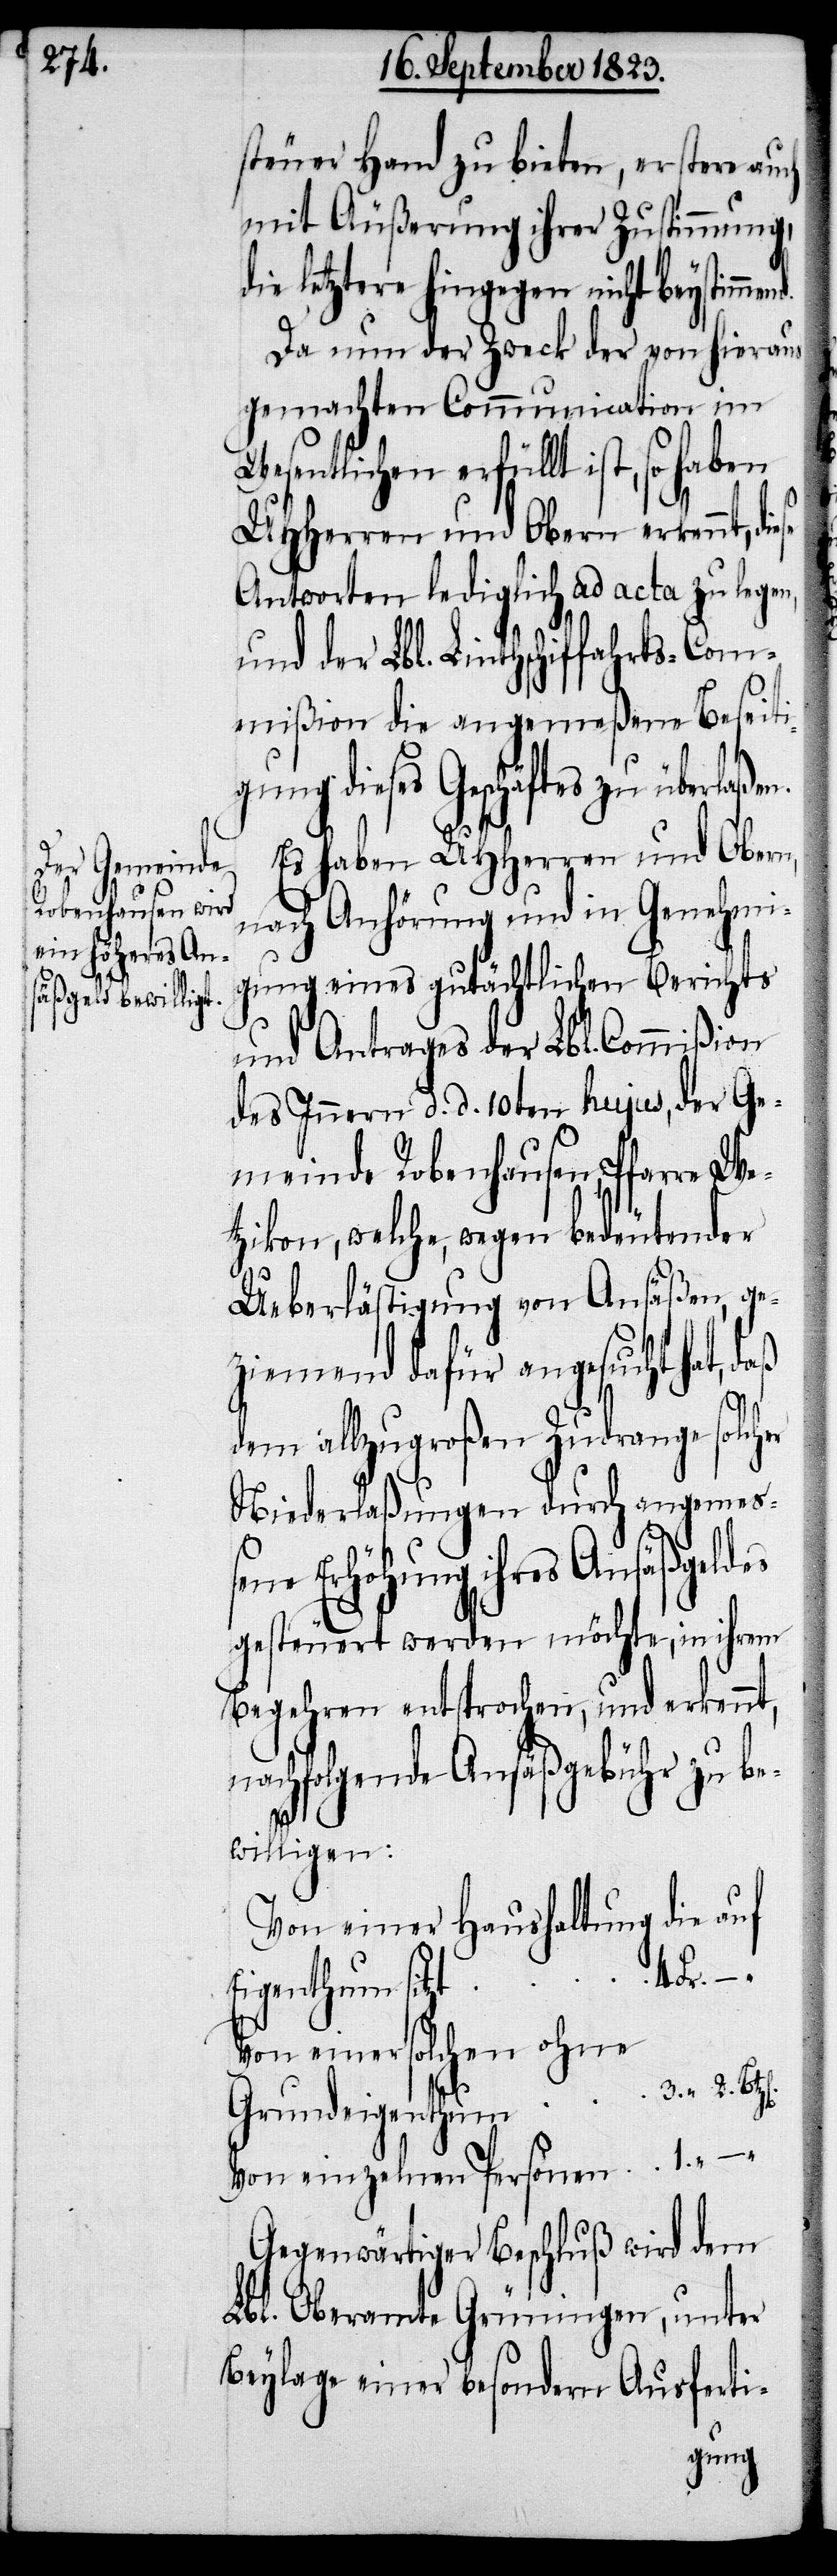
steuer Hand zu bieten, erstere auch
mit Äußerung ihrer Zustimmung,
die letztere hingegen nicht beystimme¬
Da nun der Zweck der von hieraus
gemachten Communication im
Wesentlichen erfüllt ist, so haben
UHHerren und Obern erkennt, di¬
Antworten lediglich ad acta zu legen,
und der Lbl. Linthschiffahrts-Com¬
mißion die angemeßene Beseiti¬
gung dieses Geschäftes zu überlaßen.
Es haben UHHerren und Obern,
nach Anhörung und in Genehmi¬
gung eines gutächtlichen Berichts
und Antrages der Lbl. Commißion
des Innern d. d. 10ten hujus, der Ge¬
meinde Robenhausen, Pfarre We¬
zikon, welche, wegen bedeutender
Ueberlästigung von Ansäßen, ge¬
ziemend dafür angesucht hat,
2.
dem allzugroßen Zudrange solcher
Niederlaßungen durch angemeß¬
ene Erhöhung ihres Ansäßgeldes
gesteuert werden möchte, in ihrem
Begehren entsprochen, und erkennt,
nachfolgende Ansäßgebühr zu be¬
willigen:
Von einer Haushaltung die auf
4 Fr.
Eigenthum sitzt
Von einer solchen ohne
Von einzelnen Personen
Gegenwärtiger Beschluß wird dem
Lbl. Oberamte Grüningen, unter
Beylage einer besondern Ausferti-